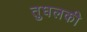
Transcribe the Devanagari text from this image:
तुघलकी